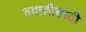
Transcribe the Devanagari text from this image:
रुदालीसाठी